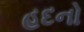
હદનો